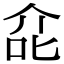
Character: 㖋